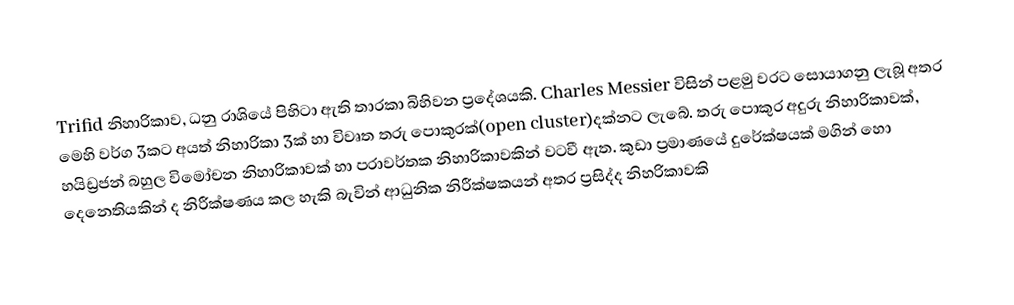
Trifid නිහාරිකාව, ධනු රාශියේ පිහිටා ඇති තාරකා බිහිවන ප්‍රදේශයකි. Charles Messier විසින් පළමු වරට සොයාගනු ලැබූ අතර මෙහි වර්ග 3කට අයත් නිහාරිකා 3ක්‌ හා විවෘත තරු පොකුරක්‌(open cluster)දක්නට ලැබේ. තරු පොකුර අදුරු නිහාරිකාවක්, හයිඩ්‍රජන් බහුල විමෝචන නිහාරිකාවක් හා පරාවර්තක නිහාරිකාවකින් වටවී ඇත. කුඩා ප්‍රමාණයේ දුරේක්ෂයක් මගින් හො දෙනෙතියකින් ද නිරීක්ෂණය කල හැකි බැවින් ආධුනික නිරීක්ෂකයන් අතර ප්‍රසිද්ද නිහරිකාවකි